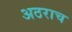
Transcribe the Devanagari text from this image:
अठराच